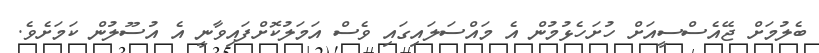
ބެލުމަށް ޖޭއެސްސީއަށް ހުށަހެޅުމުން އެ މައްސަލައިގައި ވެސް އަމަލުކޮށްފައިވާނީ އެ އުސޫލުން ކަމަށެވެ.